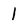
Character: 1